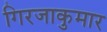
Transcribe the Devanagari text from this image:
गिरजाकुमार